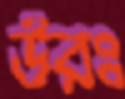
উরঃ